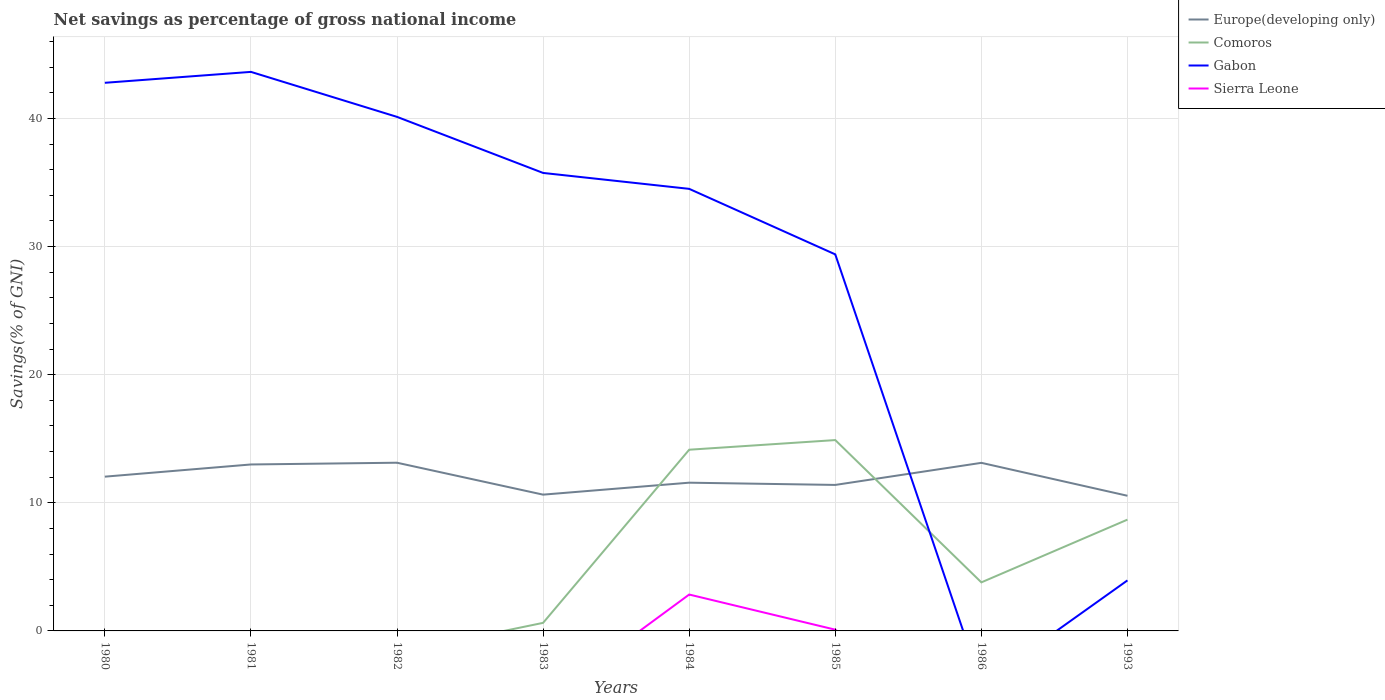
| Years | Europe(developing only) | Comoros | Gabon | Sierra Leone |
 | --- | --- | --- | --- | --- |
 | 1980 | 12 | -11.5 | 42.8 | -6.32 |
 | 1981 | 13 | -0.901 | 43.6 | -5.8 |
 | 1982 | 13.1 | -1.73 | 40.1 | -4.29 |
 | 1983 | 10.6 | 0.63 | 35.7 | -5.55 |
 | 1984 | 11.6 | 14.1 | 34.5 | 2.84 |
 | 1985 | 11.4 | 14.9 | 29.4 | 0.0967 |
 | 1986 | 13.1 | 3.79 | -4.18 | -7.94 |
 | 1993 | 10.5 | 8.69 | 3.94 | -7.41 |